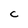
Character: C